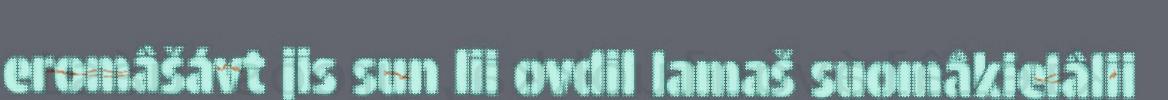
eromâšávt jis sun lii ovdil lamaš suomâkielâlii